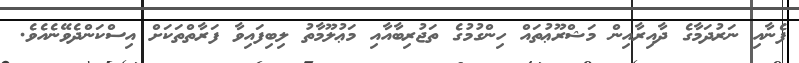
ފެނާއި ނަރުދަމާގެ ދާއިރާއިން މަޝްރޫޢުތައް ހިންގުމުގެ ތަޖުރިބާއާއި މަޢުލޫމާތު ލިބިފައިވާ ފަރާތްތަކަށް އިސްކަންދެވޭނެއެވެ.